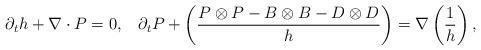
LaTeX: \begin{align*}\partial_t h + \nabla\cdot P=0,\;\;\;\partial_t P + \left(\frac{P\otimes P - B\otimes B - D\otimes D}{h}\right)=\nabla\left(\frac{1}{h}\right),\end{align*}